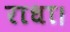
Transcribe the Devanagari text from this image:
राधा।